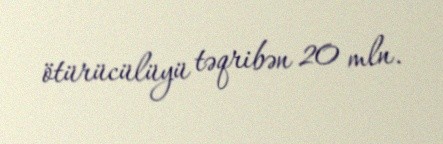
ötürücülüyü təqribən 20 mln.